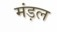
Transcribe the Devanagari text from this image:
मंड़ल